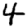
Digit: 4